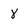
Character: 8